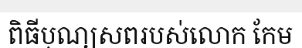
ពិធីបុណ្យសពរបស់លោក កែម